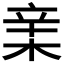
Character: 𣓀